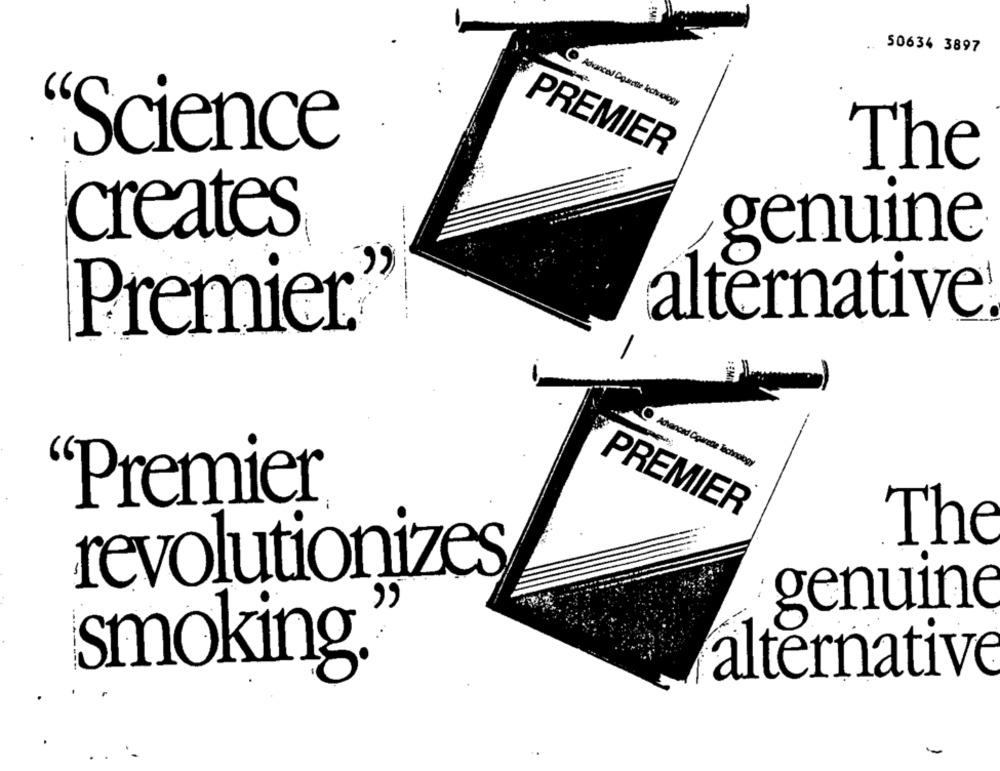
50634 3897
Advanced Couette kchology
"Science
PREMIER
The
creates
genuine
alternative!
Premier®
1 CgareDe Technology
"Premier
PREMIER
The
revolutionizes
genuine
smoking
alternative